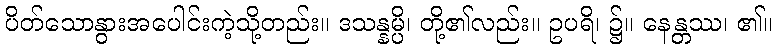
ပိတ်သောနွားအပေါင်းကဲ့သို့တည်း။ ဒသန္နမ္ပိ၊ တို့၏လည်း။ ဥပရိ၊ ၌။ နေန္တဿ၊ ၏။